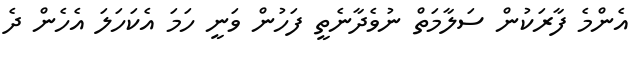
އެންމެ ފާރަކުން ސަލާމަތް ނުވެދާނެތީ ފަހުން ވަނީ ހަމަ އެކަހަލަ އެހެން ދެ